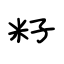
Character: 籽